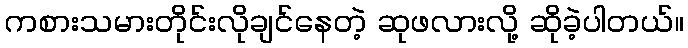
ကစားသမားတိုင်းလိုချင်နေတဲ့ ဆုဖလားလို့ ဆိုခဲ့ပါတယ်။